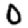
Digit: 0